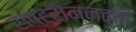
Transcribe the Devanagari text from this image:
राष्ट्रोन्नत्ती